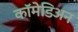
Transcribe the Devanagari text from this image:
कॉमेडिअन